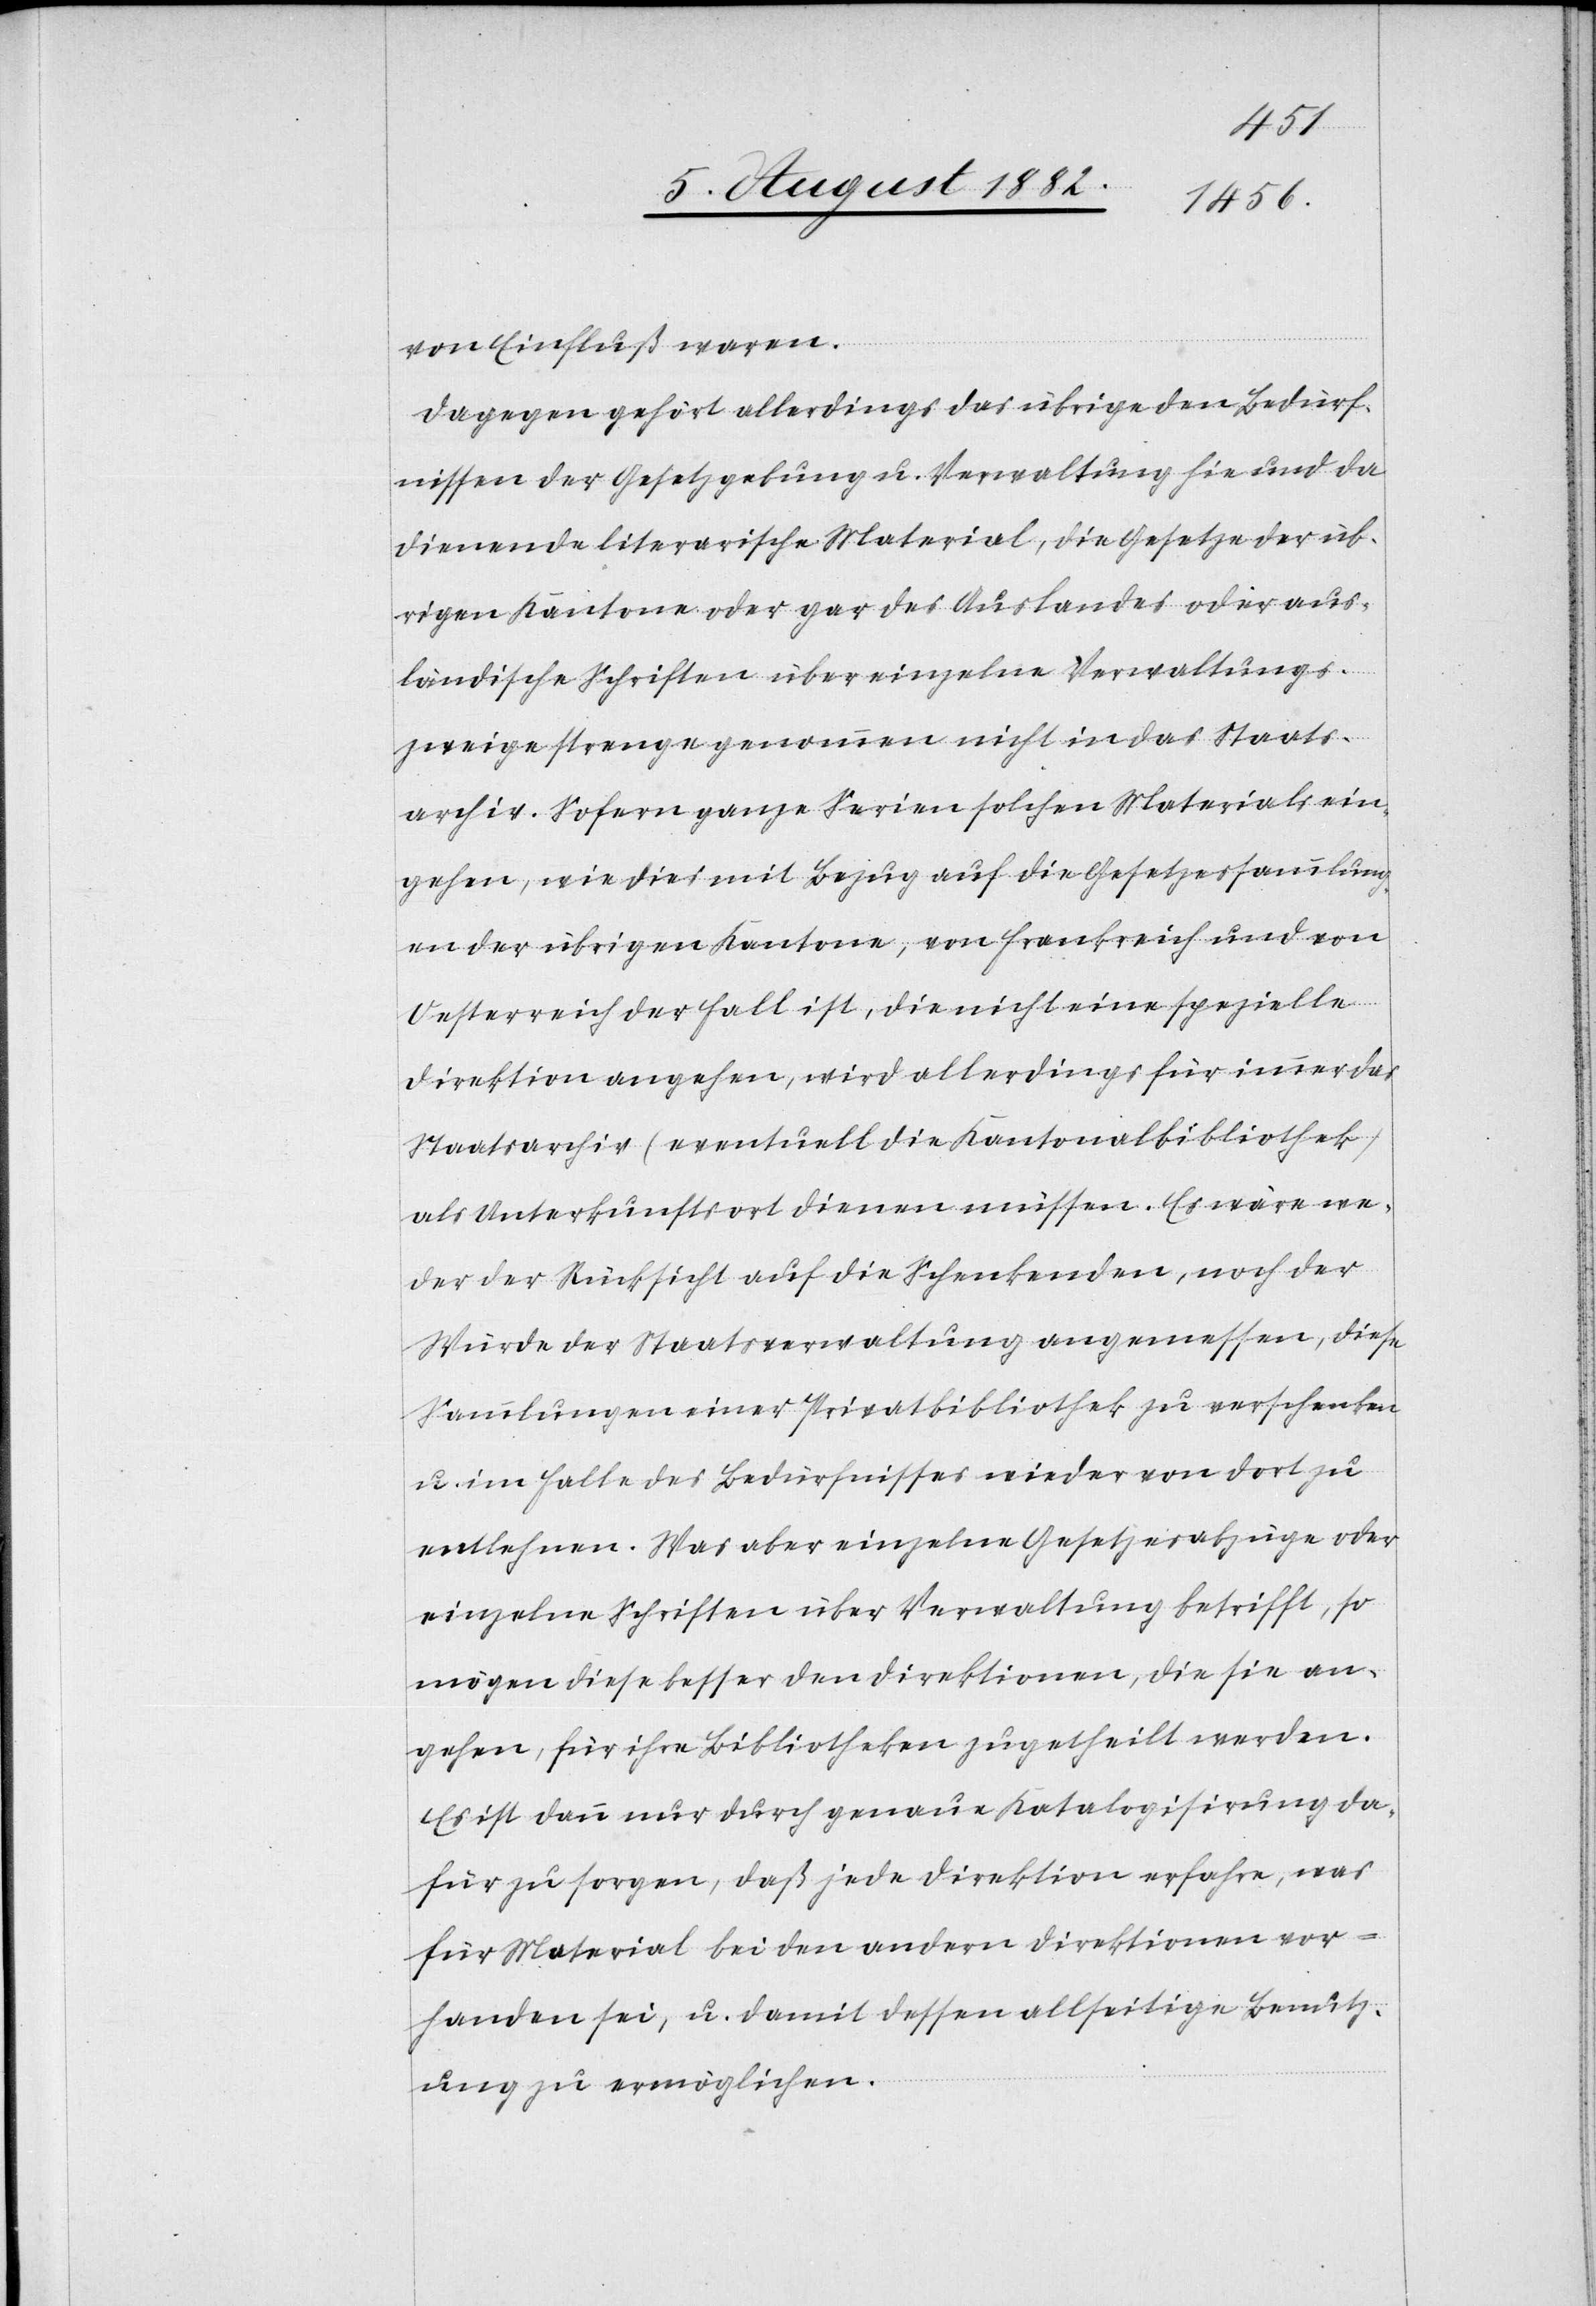
von Einfluß waren.
Dagegen gehört allerdings das übrige den Bedürf¬
nissen der Gesetzgebung u. Verwaltung hie und da
dienende literarische Material, die Gesetze der üb¬
rigen Kantone oder gar des Auslandes oder aus¬
ländische Schriften über einzelne Verwaltungs¬
zweige strengegenommen nicht in das Staats¬
archiv. Sofern ganze Serien solchen Materials ein¬
gehen, wie dies mit Bezug auf die Gesetzessammlung¬
en der übrigen Kantone, von Frankreich und von
Oesterreich der Fall ist, die nicht eine spezielle
Direktion angehen, wird allerdings für immer das
Staatsarchiv (eventuell die Kantonsbiblitohek)
als Unterkunftsort dienen müssen. Es wäre we¬
der der Rücksicht auf die Schenkenden, noch der
Würde der Staatsverwaltung angemessen, diese
Sammlungen einer Privatbibliothek zu verschenken
u. im Falle des Bedürfnisses wieder von dort zu
entlehnen. Was aber einzelne Gesetzesabzüge oder
einzelne Schriften über Verwaltung betrifft, so
mögen diese besser den Direktionen, die sie an¬
gehen, für ihre Bibliotheken zugetheilt werden.
Es ist dann nur durch genaue Katalogisirung da¬
für zu sorgen, daß jede Direktion erfahre, was
für Material bei den andern Direktionen vor¬
handen sei, u. damit dessen allseitige Benutz¬
ung zu ermöglichen.